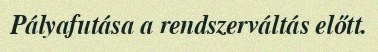
Pályafutása a rendszerváltás előtt.